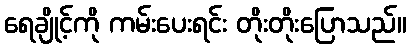
ရေချိုင့်ကို ကမ်းပေးရင်း တိုးတိုးပြောသည်။